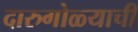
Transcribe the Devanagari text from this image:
दारुगोळ्याची